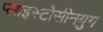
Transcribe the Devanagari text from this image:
प्लाइस्टोसीनयुग